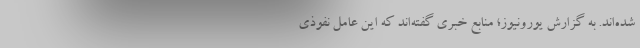
شده‌اند. به گزارش یورونیوز؛ منابع خبری گفته‌اند که این عامل نفوذی